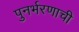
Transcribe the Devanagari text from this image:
पुनर्भरणाची